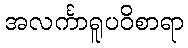
အလင်္ကာရူပဝိစာရာ